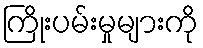
ကြိုးပမ်းမှုများကို